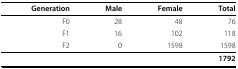
| Generation | Male | Female | Total |
 | --- | --- | --- | --- |
 | F0 | 28 | 48 | 76 |
 | F1 | 16 | 102 | 118 |
 | F2 | 0 | 1598 | 1598 |
 |  |  |  | 1792 |